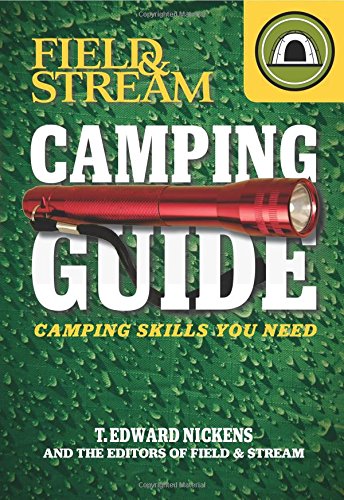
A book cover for Field & Stream Skills Guide: Camping (Field & Streams Total Outdoorsman Challenge); T. Edward Nickens; Sports & Outdoors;